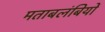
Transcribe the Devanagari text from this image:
मताबलंबियों